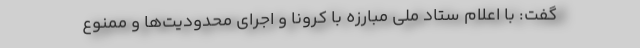
گفت: با اعلام ستاد ملی مبارزه با کرونا و اجرای محدودیت‌ها و ممنوع